Annual report on the health of the army in India
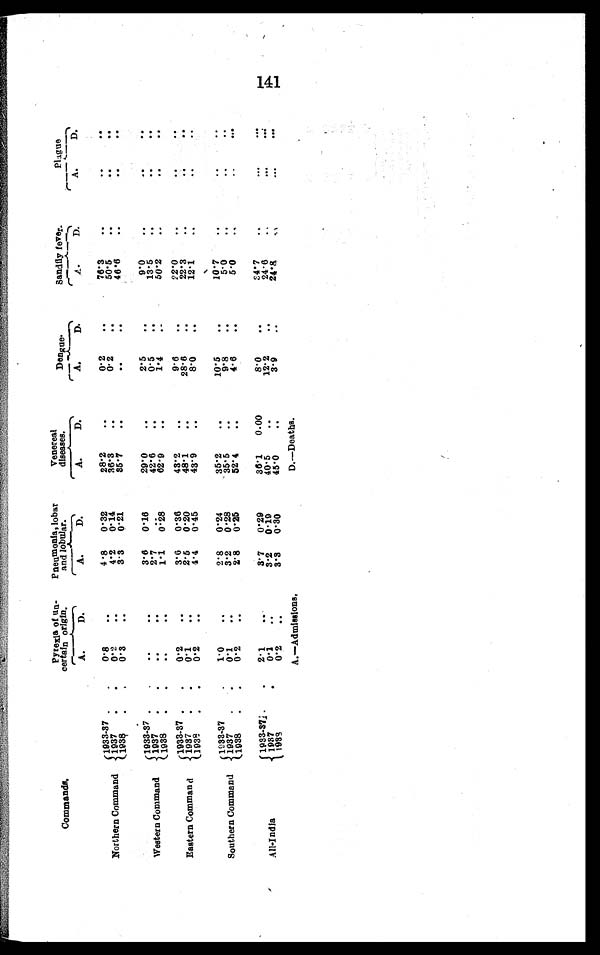
A.—Admissions.
D.—Deaths.
Commands.
Pyrexia of un-
certain origin.
Pneumonia, lobar
and lobular.
Venereal
diseases.
Dengue.
Sandfly fever.
Plague
A.
D.
A.
D.
A.
D.
A.
D.
A.
D.
A.
D.
Northern Command
1933-37 . . .
0.8
. . .
4.8 0.32
28.2
. . .
0.2
. . .
76.3
. . .
. . .
. . .
1937 . . .
0.2
. . .
4.2 0.14
36.3
. . .
0.2
. . .
50.5
. . .
. . .
. . .
1938 . . .
0.3
. . .
3.3 0.21
35.7
. . .
. . . . . .
46.6
. . .
. . .
. . .
Western Command
1933-37 . . .
. . .
. . .
3.6 0.16
29.0
. . .
2.5
. . .
9.0
. . .
. . .
. . .
1937 . . .
. . .
. . .
2.7
. . .
42.6
. . .
0.5
. . .
13.5
. . .
. . .
. . .
1938 . . .
..
. . .
1.1 0.28
62.9
. . .
1.4
. . .
50.2
. . .
. . .
. . .
EasternCommand
1933-37 . . .
0.2
. . .
3.6 0.36
43.2
. . .
9.6
. . .
22.0
. . .
. . .
. . .
1937 . . .
0.1
. . .
2.5 0.20
48.1
. . .
28.6
. . .
22.3
. . .
. . .
. . .
1938 . . .
0.2
. . .
4.4 0.45
43.9
. . .
8.0
. . .
12.1
. . .
. . .
. . .
Southern Command 1933-37 . . .
1.0
. . .
2.8 0.24
35.2
. . .
10.5
. . .
10. 7
. . .
. . .
. . .
1937 . . .
0 .1
. . .
3. 2 0.28
35.5
. . .
9.8
. . .
5.0
. . .
. . .
. . .
1938 . . .
0.2
. . .
2.8 0.25
5 2 . 4
. . .
4.6
. . .
5.0
. . .
. . .
. . .
All-India
1933-37 . . .
2.1
. . .
3.7 0.29
36.1 0.00
8.0
. . .
34.7
. . .
. . .
. . .
1 9 8 7 . . .
0.1
. . .
3.2 0.19
40.5
. . .
12.2
. . .
24.6
. . .
. . .
. . .
1 9 3 8 . . .
0.2
. . .
3.3 0.30
45.0
. . .
3.9
. . .
24.8
. . .
. . .
. . .